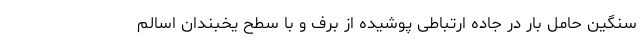
سنگین حامل بار در جاده ارتباطی پوشیده از برف و با سطح یخبندان اسالم